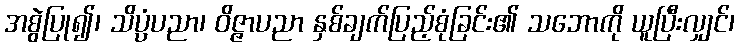
အစွဲပြု၍၊ သိပ္ပံပညာ၊ ဝိဇ္ဇာပညာ နှစ်ချက်ပြည့်စုံခြင်း၏ သဘောကို ယူပြီးလျှင်၊